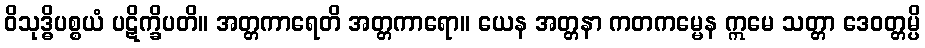
ဝိသုဒ္ဓိပစ္စယံ ပဋိက္ခိပတိ။ အတ္တကာရေတိ အတ္တကာရော။ ယေန အတ္တနာ ကတကမ္မေန ဣမေ သတ္တာ ဒေဝတ္တမ္ပိ